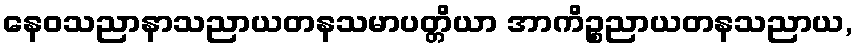
နေဝသညာနာသညာယတနသမာပတ္တိယာ အာကိဉ္စညာယတနသညာယ,